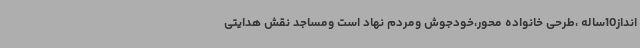
انداز10ساله ،طرحی خانواده محور،خودجوش ومردم نهاد است ومساجد نقش هدایتی